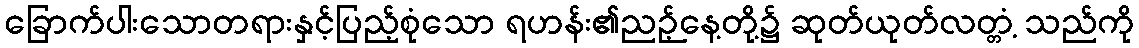
ခြောက်ပါးသောတရားနှင့်ပြည့်စုံသော ရဟန်း၏ညဉ့်နေ့တို့၌ ဆုတ်ယုတ်လတ္တံ့ သည်ကို